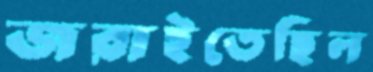
জরাইতেছিল